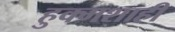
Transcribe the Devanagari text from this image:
हुक्मशाही